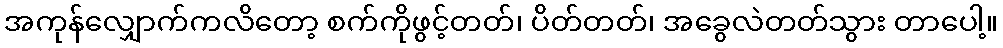
အကုန်လျှောက်ကလိတော့ စက်ကိုဖွင့်တတ်၊ ပိတ်တတ်၊ အခွေလဲတတ်သွား တာပေါ့။